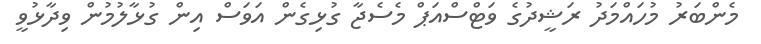
މެންބަރު މުހައްމަދު ރަޝީދުގެ ވަޓްސްއަޕް މެސެޖާ ގުޅިގެން އަވަސް އިން ގުޅާލުމުން ވިދާޅުވީ